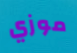
موزي